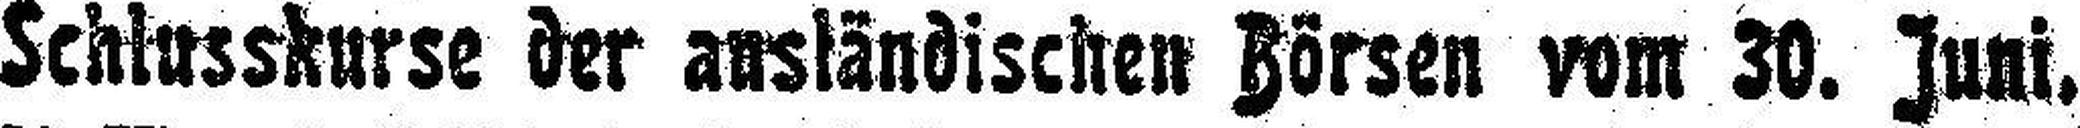
Schlusskurse der ausländischen Börsen vom 30. Juni,